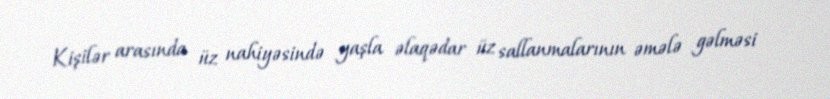
Kişilər arasında üz nahiyəsində yaşla əlaqədar üz sallanmalarının əmələ gəlməsi